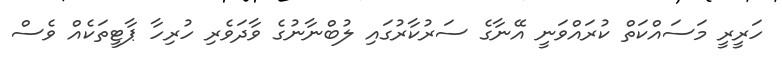
ހަރީރީ މަސައްކަތް ކުރައްވަނީ އޭނާގެ ސަރުކާރުގައި ލުބްނާނުގެ ވާދަވެރި ހުރިހާ ޕާޓީތަކެއް ވެސް